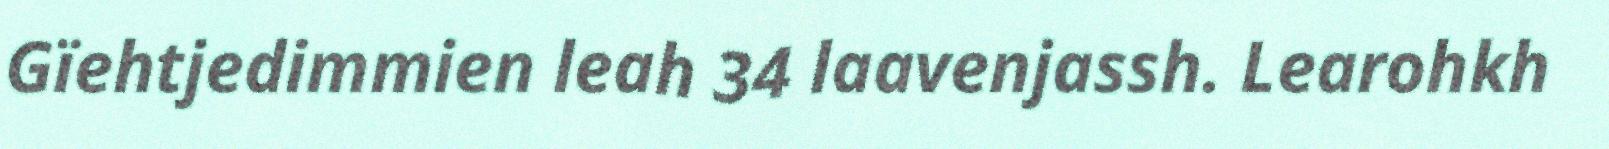
Gïehtjedimmien leah 34 laavenjassh. Learohkh